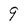
Character: 9